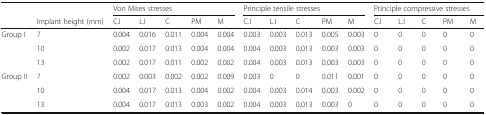
<table><thead><tr><td rowspan="2"></td><td></td><td colspan="5"><b>Von Mises stresses</b></td><td colspan="5"><b>Principle tensile stresses</b></td><td colspan="5"><b>Principle compressive stresses</b></td></tr><tr><td><b>Implant height (mm)</b></td><td><b>C.I</b></td><td><b>L.I</b></td><td><b>C</b></td><td><b>PM</b></td><td><b>M</b></td><td><b>C.I</b></td><td><b>L.I</b></td><td><b>C</b></td><td><b>PM</b></td><td><b>M</b></td><td><b>C.I</b></td><td><b>L.I</b></td><td><b>C</b></td><td><b>PM</b></td><td><b>M</b></td></tr></thead><tbody><tr><td rowspan="3">Group I</td><td>7</td><td>0.004</td><td>0.016</td><td>0.011</td><td>0.004</td><td>0.004</td><td>0.003</td><td>0.003</td><td>0.013</td><td>0.005</td><td>0.003</td><td>0</td><td>0</td><td>0</td><td>0</td><td>0</td></tr><tr><td>10</td><td>0.002</td><td>0.017</td><td>0.013</td><td>0.004</td><td>0.004</td><td>0.004</td><td>0.003</td><td>0.013</td><td>0.003</td><td>0.003</td><td>0</td><td>0</td><td>0</td><td>0</td><td>0</td></tr><tr><td>13</td><td>0.002</td><td>0.017</td><td>0.011</td><td>0.002</td><td>0.002</td><td>0.004</td><td>0.003</td><td>0.013</td><td>0.003</td><td>0.003</td><td>0</td><td>0</td><td>0</td><td>0</td><td>0</td></tr><tr><td rowspan="3">Group II</td><td>7</td><td>0.002</td><td>0.003</td><td>0.002</td><td>0.002</td><td>0.009</td><td>0.003</td><td>0</td><td>0</td><td>0.011</td><td>0.001</td><td>0</td><td>0</td><td>0</td><td>0</td><td>0</td></tr><tr><td>10</td><td>0.004</td><td>0.017</td><td>0.013</td><td>0.004</td><td>0.002</td><td>0.004</td><td>0.003</td><td>0.014</td><td>0.003</td><td>0.002</td><td>0</td><td>0</td><td>0</td><td>0</td><td>0</td></tr><tr><td>13</td><td>0.004</td><td>0.017</td><td>0.013</td><td>0.003</td><td>0.002</td><td>0.004</td><td>0.003</td><td>0.013</td><td>0.003</td><td>0</td><td>0</td><td>0</td><td>0</td><td>0</td><td>0</td></tr></tbody></table>